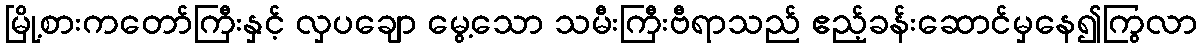
မြို့စားကတော်ကြီးနှင့် လှပချော မွေ့သော သမီးကြီးဗီရာသည် ဧည့်ခန်းဆောင်မှနေ၍ကြွလာ